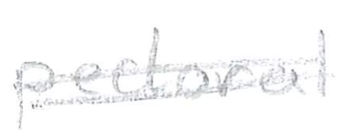
Text: pectoral
Cross-out: double-line
Writing tool: pencil